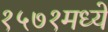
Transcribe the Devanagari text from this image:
१५७१मध्ये